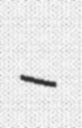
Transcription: –